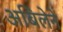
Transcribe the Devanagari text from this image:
अबिलेने